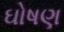
ઘોષણ